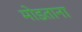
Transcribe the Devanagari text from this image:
मोडताना